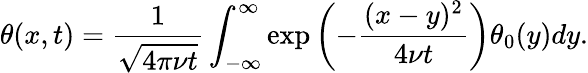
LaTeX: \theta(x,t)=\frac{1}{\sqrt{4\pi\nu t}}\int_{-\infty}^{\infty}\exp\left(-\frac{(x-y)^{2}}{4\nu t}\right)\theta_{0}(y)dy.